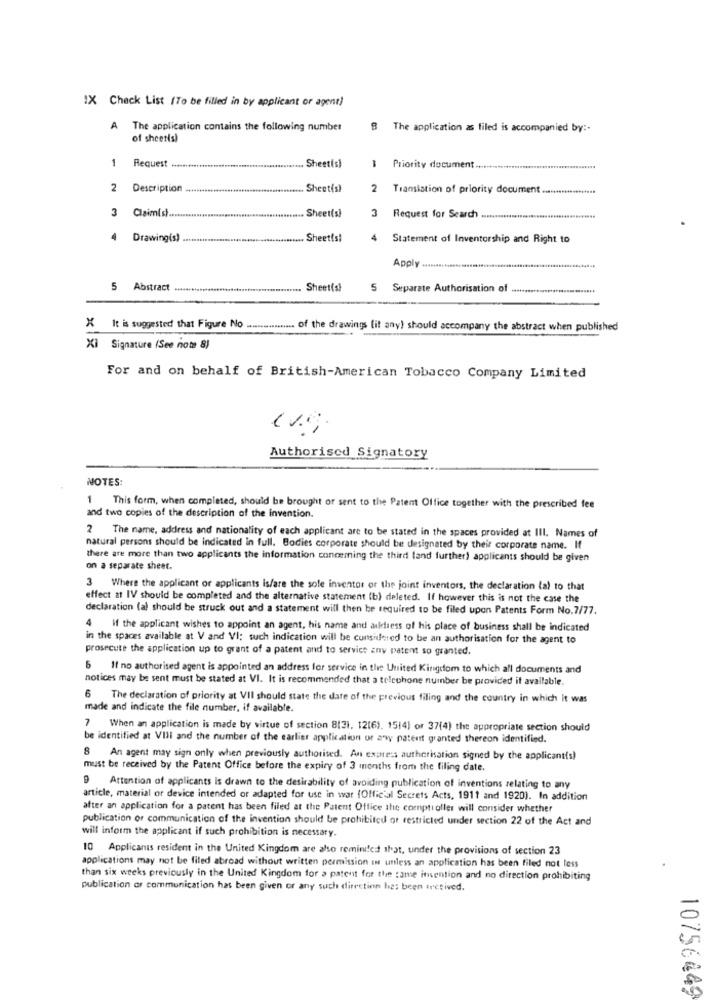
IX Check List (To be filled in by applicant or agent)
A The application contains the following number
8 The application as filed is accompanied by :-
of sheetis)
1 Request
1
Sheet(s)
1 Priority document
2 Description
................... Sheet(s)
2
Translation of priority document .......
............................. Sheet(s)
3 Claim(s) ........
3
Request for Search
4
Drawing(s)
. Sheetts!
4
Statement of Inventorship and Right to
Apply
5 Abstract
.... Sheet(si
5
Separate Authorisation of
X It is suggested that Figure No ................. of the drawings (it any) should accompany the abstract when published
Xi Signature (See note 8)
For and on behalf of British-American Tobacco Company Limited
Authorised Signatory
NOTES:
1 This form, when completed, should be brought or sent to the Patent Office together with the prescribed fee
and two copies of the description of the Invention.
2 The name, address and nationality of each applicant are to be stated in the spaces provided at III. Names of
natural persons should be indicated in full. Bodies corporate should be designated by their corporate name. If
there are more than two applicants the information concerning the third (and further) applicants should be given
on a separate sheet.
3 Where the applicant or applicants is/are the sole inventor of the joint inventors, the declaration (a) to that
effect at IV should be completed and the alternative statement (b) deleted. If however this is not the case the
declaration (al should be struck out and a statement will then be required to be filed upon Patents Form No.7/77.
4
if the applicant wishes to appoint an agent, his name and address of his place of business shall be indicated
in the spaces available at V and VI: such indication will be considered to be an authorisation for the agent to
prosecute the application up to grant of a patent and to service zny patent so granted.
6 If no authorised agent is appointed an address for service in the United Kingdom to which all documents and
notices may be sent must be stated at VI. It is recommended that a telephone number be provided if available.
6 The declaration of priority at VII should state the date of the previous filing and the country in which it was
made and indicate the file number, if available.
7 When an application is made by virtue of section 8(31. 12(6). 1514) or 37(4) the appropriate section should
be identified at VIII and the number of the earlier application of any patent granted thereon identified.
8 An agent may sign only when previously authorised. An express authorisation signed by the applicant(s)
must be received by the Patent Office before the expiry of 3 months from the filing date.
9 Attention of applicants is drawn to the desirability of avoiding publication of inventions relating to any
article, material or device intended or adapted for use in war (Official Secrets Acts, 1911 and 1920). In addition
after an application for a patent has been filed at the Patent Office the comptroller will consider whether
publication or communication of the invention should be prohibited or restricted under section 22 of the Act and
will inform the applicant if such prohibition is necessary.
10 Applicants resident in the United Kingdom are also remini!es that, under the provisions of section 23
applications may not be filed abroad without written permission is unless an application has been filed not less
than six weeks previously in the United Kingdom for a patent for the same invention and no direction prohibiting
publication or communication has been given or any such direction has been irctived.
10756449